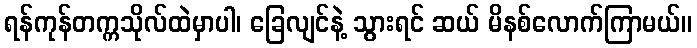
ရန်ကုန်တက္ကသိုလ်ထဲမှာပါ၊ ခြေလျင်နဲ့ သွားရင် ဆယ် မိနစ်လောက်ကြာမယ်။